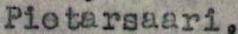
Pietarsaari,